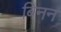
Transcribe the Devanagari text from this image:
बिनन